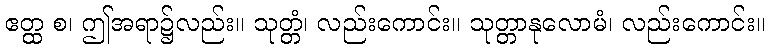
ဧတ္ထ စ၊ ဤအရာ၌လည်း။ သုတ္တံ၊ လည်းကောင်း။ သုတ္တာနုလောမံ၊ လည်းကောင်း။